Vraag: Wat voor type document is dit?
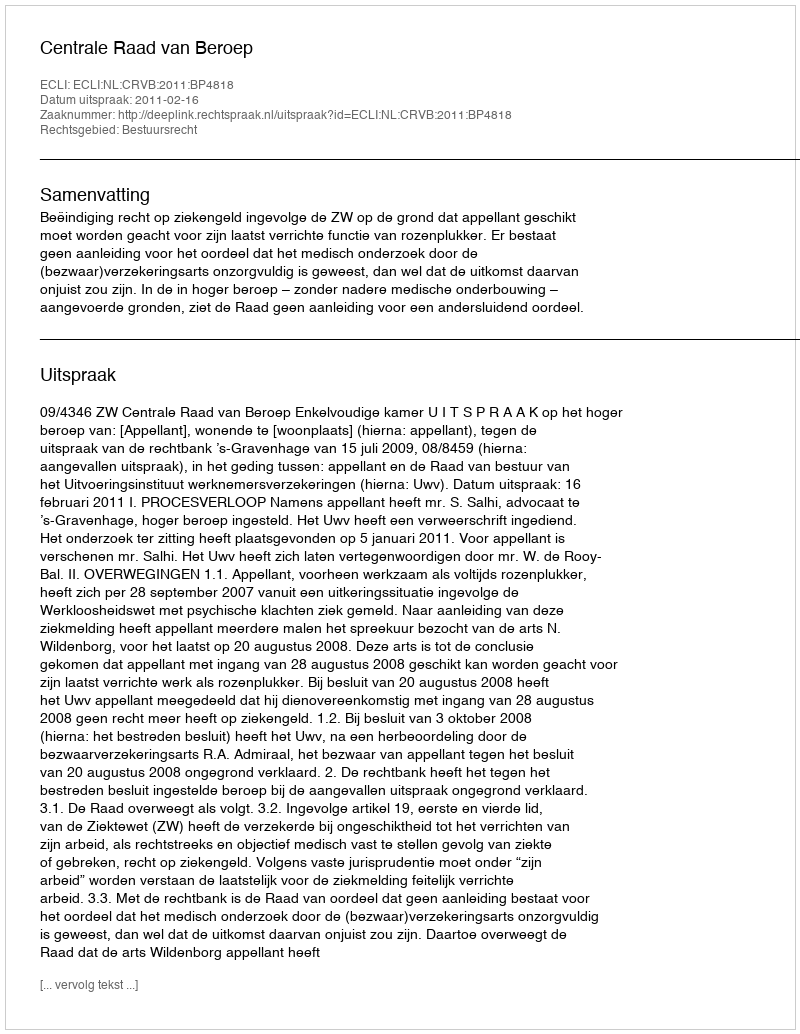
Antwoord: Uitspraak